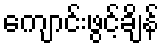
ကျောင်းဖွင့်ချိန်